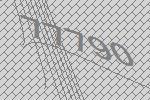
77790